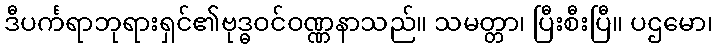
ဒီပင်္ကရာဘုရားရှင်၏ဗုဒ္ဓဝင်ဝဏ္ဏနာသည်။ သမတ္တာ၊ ပြီးစီးပြီ။ ပဌမော၊